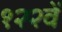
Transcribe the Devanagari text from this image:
१२२वें